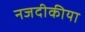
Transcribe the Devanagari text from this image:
नजदीकीया